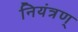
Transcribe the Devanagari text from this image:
नियंत्रण्‌